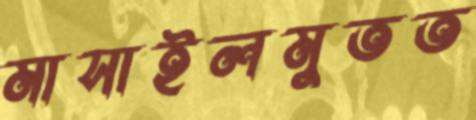
মাসাইলমুতত